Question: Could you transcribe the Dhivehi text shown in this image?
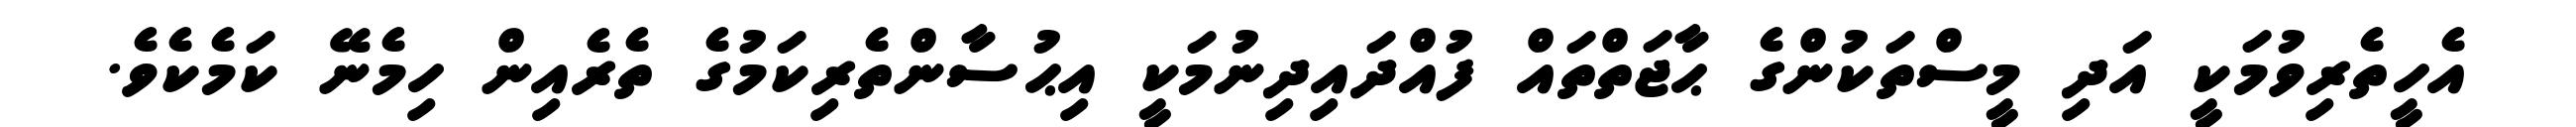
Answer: އެހީތެރިވުމަކީ އަދި މީސްތަކުންގެ ޙާޖަތްތައް ފުއްދައިދިނުމަކީ އިޙުސާންތެރިކަމުގެ ތެރެއިން ހިމެނޭ ކަމެކެވެ.